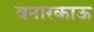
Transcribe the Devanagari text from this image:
वनारकाऊ